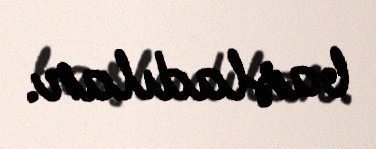
başladılar.